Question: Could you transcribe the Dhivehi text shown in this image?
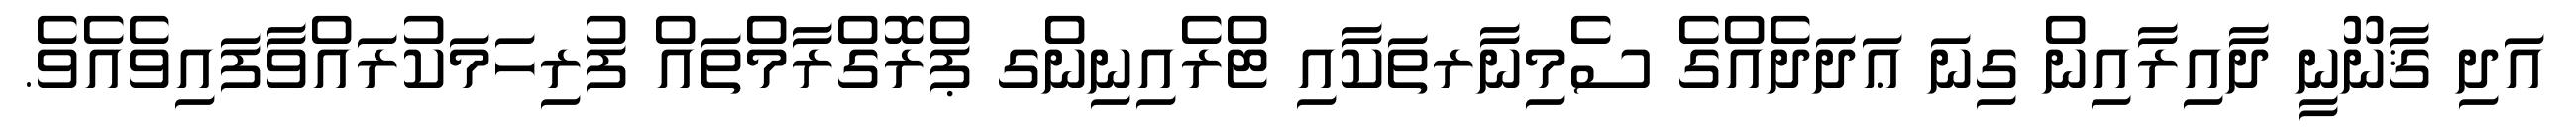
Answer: އަދި ޤާނޫނީ ދާއިރާއިން ގިނަ ޢަދަދެއްގެ ސެމިނާރތަކާއި ޓްރެއިނިންގ ޕްރޮގްރާމްތައް ފުރިހަމަކުރައްވާފައިވެއެވެ.